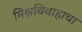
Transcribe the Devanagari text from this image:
मिश्रविवाहाचा